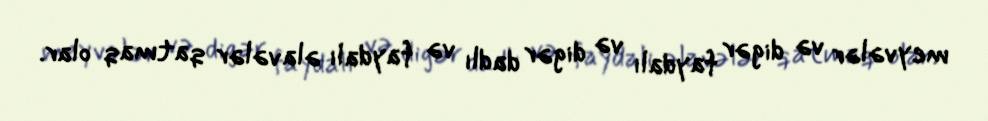
meyvələr və digər faydalı və digər dadlı və faydalı əlavələr qatmaq olar.